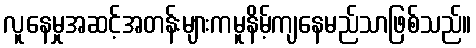
လူနေမှုအဆင့်အတန်းများကမူနိမ့်ကျနေမည်သာဖြစ်သည်။